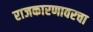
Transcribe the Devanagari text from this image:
राजकारणावरचा